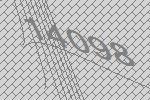
14098